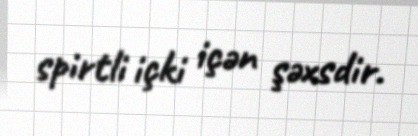
spirtli içki içən şəxsdir.